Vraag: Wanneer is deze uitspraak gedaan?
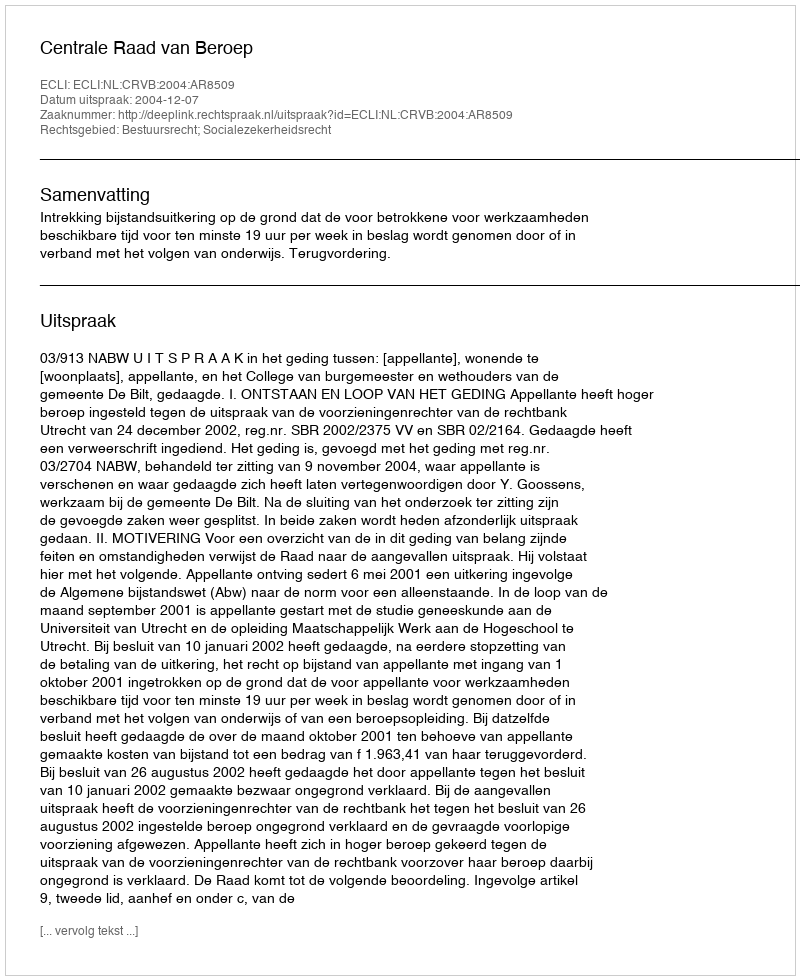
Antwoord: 2004-12-07